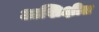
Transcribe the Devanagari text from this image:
अशिक्षीत